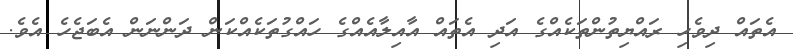
އެތައް ދިވެހި ރައްޔިތުންތަކެއްގެ އަދި އެތައް އާއިލާއެއްގެ ހައްގުތަކެއްކަން ދަންނަން އެބަޖެހެ އެވެ.